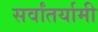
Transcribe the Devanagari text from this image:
सर्वांतर्यामी